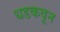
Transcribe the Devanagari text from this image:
धडकवून